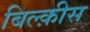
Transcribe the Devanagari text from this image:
बिल्क़ीस